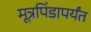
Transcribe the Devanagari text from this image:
मूत्रपिंडापर्यंत